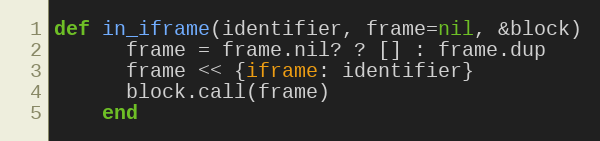
Language: Ruby
def in_iframe(identifier, frame=nil, &block)
      frame = frame.nil? ? [] : frame.dup
      frame << {iframe: identifier}
      block.call(frame)
    end